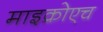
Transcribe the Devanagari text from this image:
माइक्रोएच